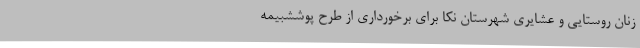
زنان روستایی و عشایری شهرستان نکا برای برخورداری از طرح پوششبیمه